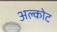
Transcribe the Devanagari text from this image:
अल्कोट